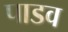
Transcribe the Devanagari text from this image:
पाडव